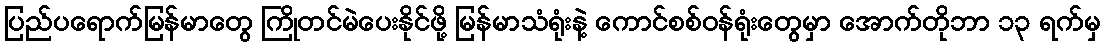
ပြည်ပရောက်မြန်မာတွေ ကြိုတင်မဲပေးနိုင်ဖို့ မြန်မာသံရုံးနဲ့ ကောင်စစ်ဝန်ရုံးတွေမှာ အောက်တိုဘာ ၁၃ ရက်မှ